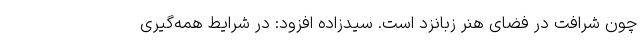
چون شرافت در فضای هنر زبانزد است. سیدزاده افزود: در شرایط همه‌گیری